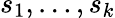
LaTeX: s_{1},\ldots,s_{k}